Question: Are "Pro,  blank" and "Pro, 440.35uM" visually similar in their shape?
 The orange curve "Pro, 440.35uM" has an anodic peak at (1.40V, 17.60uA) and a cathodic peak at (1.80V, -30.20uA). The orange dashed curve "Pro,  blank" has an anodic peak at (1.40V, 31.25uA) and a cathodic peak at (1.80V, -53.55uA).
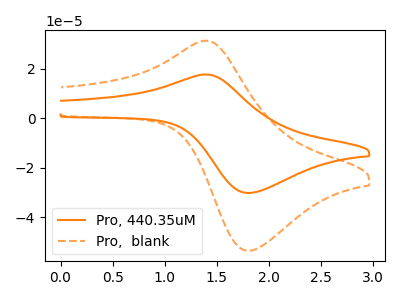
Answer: <think>All the peaks in "Pro,  blank" have a peak in "Pro, 440.35uM" at the same potential. Every peak in "Pro,  blank" is higher than every peak in "Pro, 440.35uM".
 </think>
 <answer>"Pro,  blank" and "Pro, 440.35uM" are similar in shape.</answer>
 <eval>same_shape</eval>